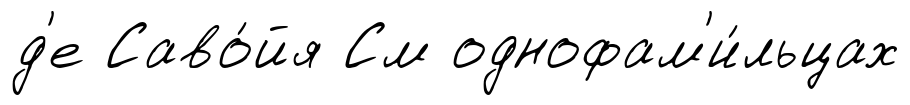
д'е Саво́йя См однофам'и́льцах